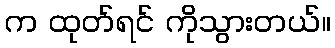
က ထုတ်ရင် ကိုသွားတယ်။